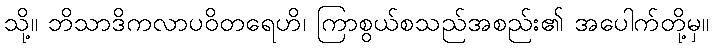
သို့။ ဘိသာဒိကလာပဝိတရေဟိ၊ ကြာစွယ်စသည်အစည်း၏ အပေါက်တို့မှ။